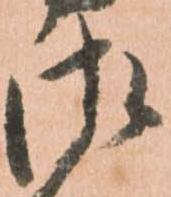
御